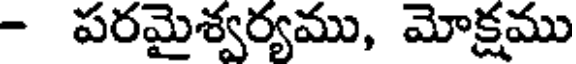
- పరమైశ్వర్యము, మోక్షము